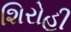
શિરોહી